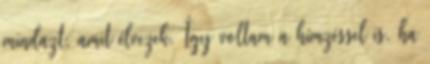
mindazt, amit élvezek. Így voltam a hímzéssel is. ha